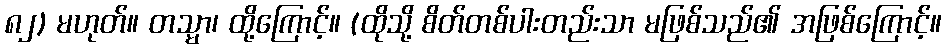
၈၂) မဟုတ်။ တသ္မာ၊ ထို့ကြောင့်။ (ထိုသို့ စိတ်တစ်ပါးတည်းသာ မဖြစ်သည်၏ အဖြစ်ကြောင့်။